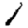
Digit: 1